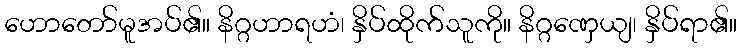
ဟောတော်မူအပ်၏။ နိဂ္ဂဟာရဟံ၊ နှိပ်ထိုက်သူကို။ နိဂ္ဂဏှေယျ၊ နှိပ်ရာ၏။